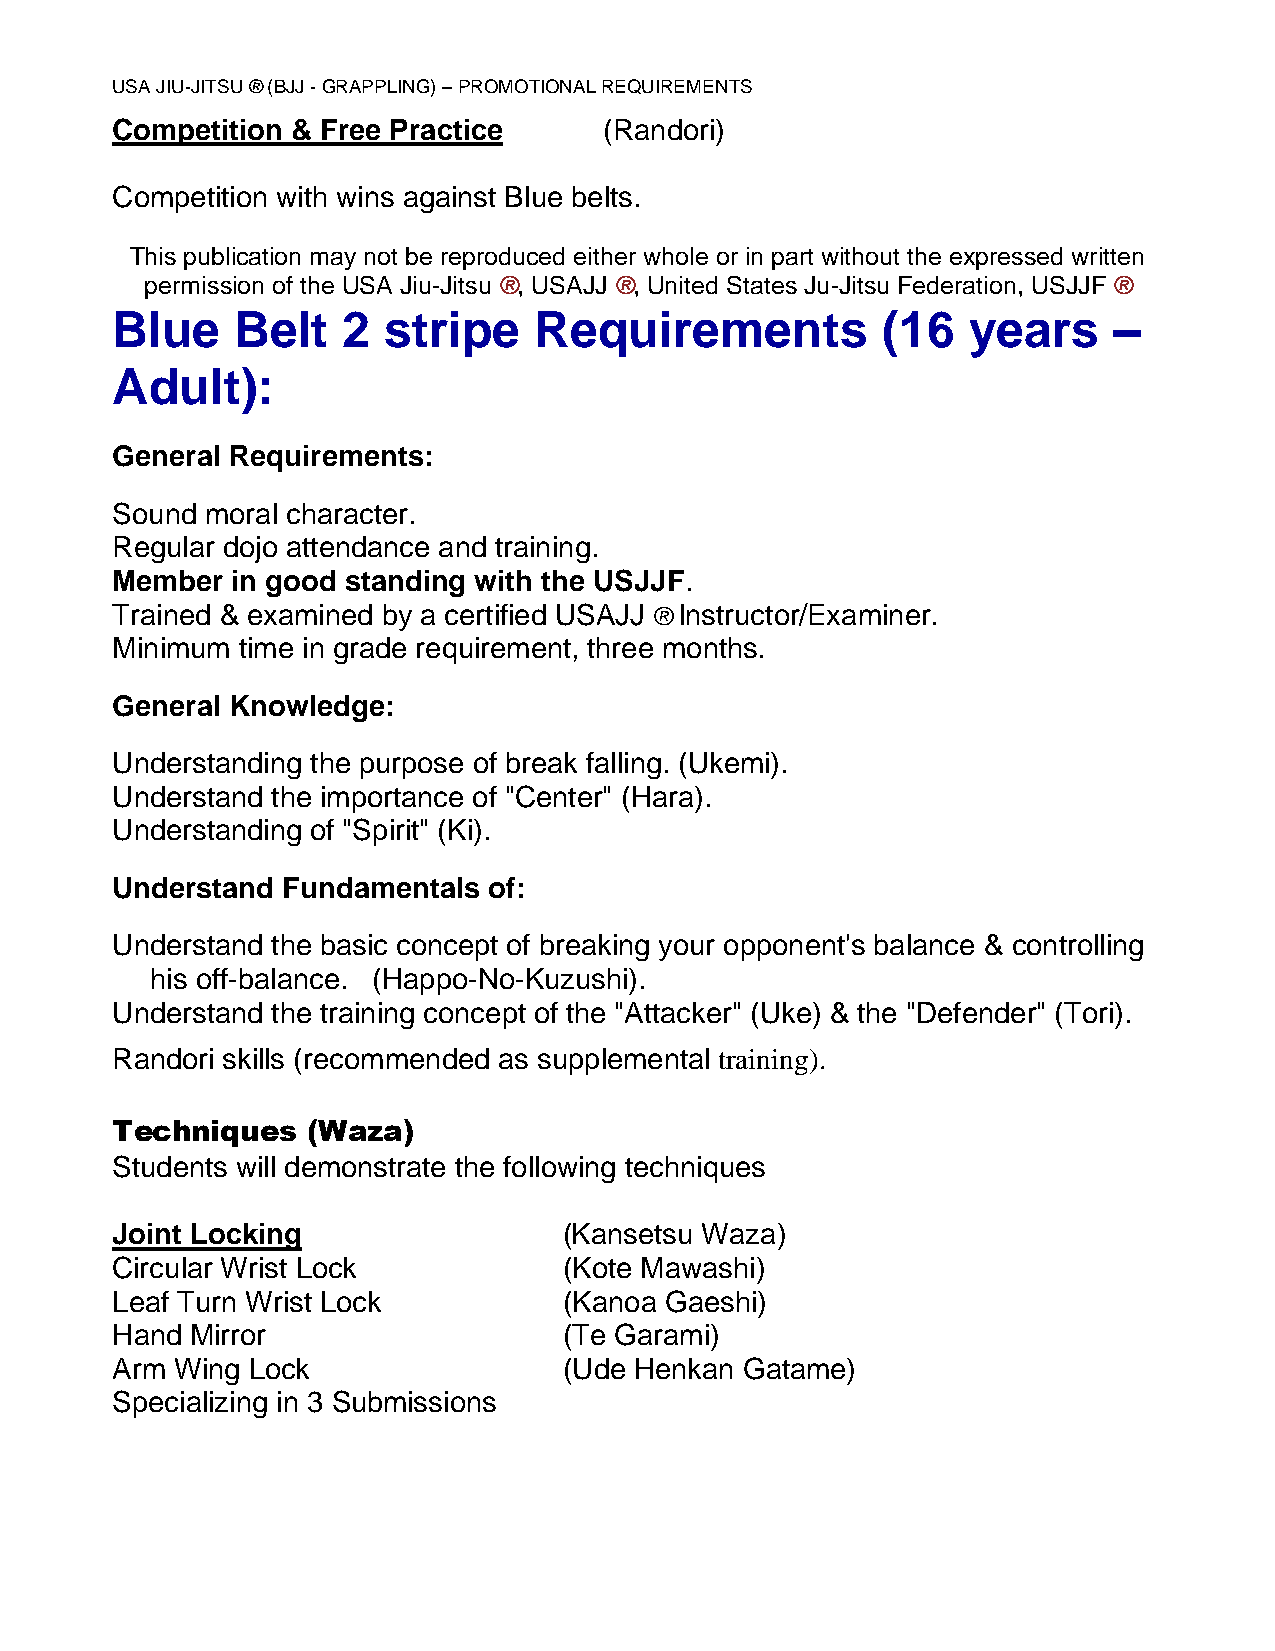
USA JIU-JITSU ® (BJJ - GRAPPLING) – PROMOTIONAL REQUIREMENTS
 Competition & Free Practice      (Randori)
 Competition with wins against Blue belts.
 This publication may not be reproduced either whole or in part without the expressed written
 permission of the USA Jiu-Jitsu ®, USAJJ ®, United States Ju-Jitsu Federation, USJJF ®
 Blue     Belt   2 stripe    Requirements           (16   years     –
 Adult):
 General Requirements:
 Sound  moral character.
 Regular dojo attendance and training.
 Member  in good standing with the USJJF.
 Trained & examined by a certified USAJJ ® Instructor/Examiner.
 Minimum  time in grade requirement, three months.
 General Knowledge:
 Understanding the purpose of break falling. (Ukemi).
 Understand the importance of "Center" (Hara).
 Understanding of "Spirit" (Ki).
 Understand  Fundamentals of:
 Understand the basic concept of breaking your opponent's balance & controlling
 his off-balance. (Happo-No-Kuzushi).
 Understand the training concept of the "Attacker" (Uke) & the "Defender" (Tori).
 Randori skills (recommended as supplemental training).
 Techniques   (Waza)
 Students will demonstrate the following techniques
 Joint Locking                 (Kansetsu Waza)
 Circular Wrist Lock           (Kote Mawashi)
 Leaf Turn Wrist Lock          (Kanoa Gaeshi)
 Hand  Mirror                  (Te Garami)
 Arm  Wing Lock                (Ude Henkan Gatame)
 Specializing in 3 Submissions